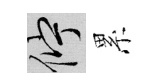
伫累